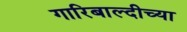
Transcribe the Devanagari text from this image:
गारिबाल्दीच्या